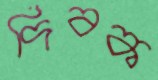
দিবক